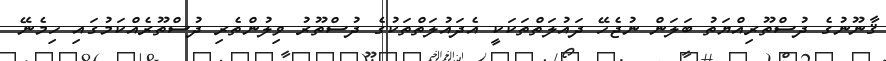
ޤާނޫނުގެ ދުސްތޫރިއްޔަތު ބަލަން ނުޖެހޭ ދައުލަތްތަކަކީ އެދައުލަތްތަކުގެ ދުސްތޫރު ވިލުންތެރި ދުސްތޫރެއްކަމުގައި ހިމެނޭ